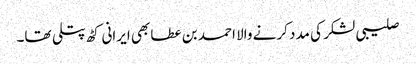
صلیبی لشکر کی مدد کرنے والا احمد بن عطا بھی ایرانی کٹھ پتلی تھا۔